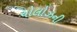
ચોલોઝની